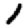
Digit: 1